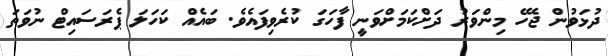
ދުޅަވުން ޖެހޭ މިންވަރު ދަށްކަމަށްވަނީ ފާހަގަ ކުރެވިފައެވެ. ބައެއް ކަހަލަ ޕެރަސައިޓް ނުވަތަ